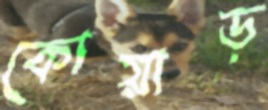
কোয়াড়